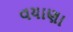
વયાણા